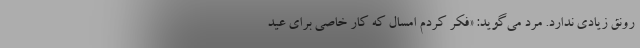
رونق زیادی ندارد. مرد می‌گوید: «فکر کردم امسال که کار خاصی برای عید